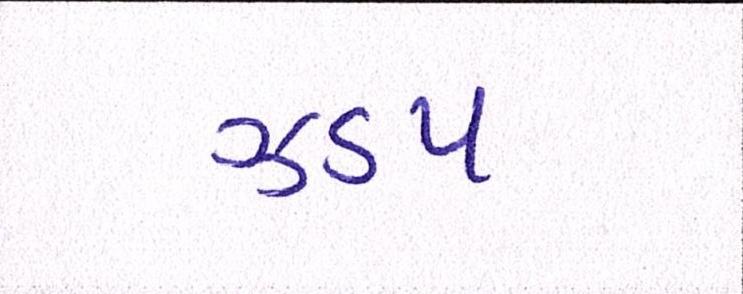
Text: ઝડપ